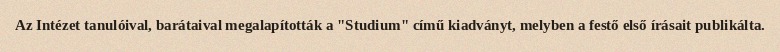
Az Intézet tanulóival, barátaival megalapították a "Studium" című kiadványt, melyben a festő első írásait publikálta.